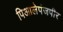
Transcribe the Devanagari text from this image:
पिआलेपंजपीर